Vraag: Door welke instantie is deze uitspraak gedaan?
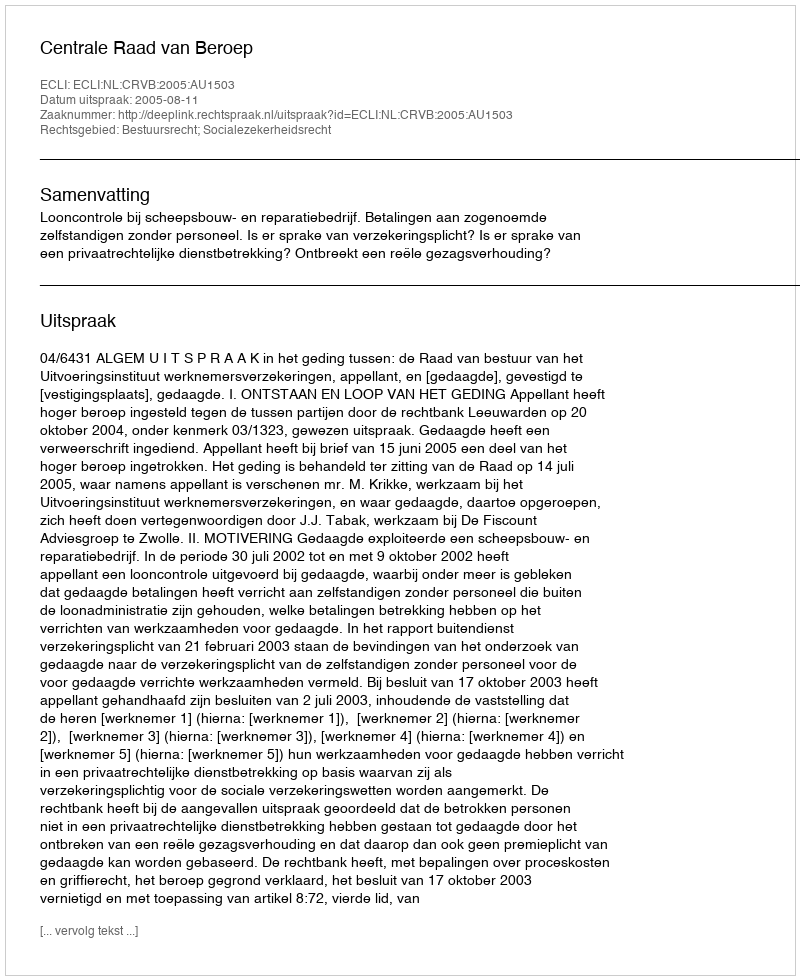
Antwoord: Centrale Raad van Beroep